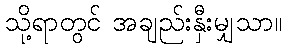
သို့ရာတွင် အချည်းနှီးမျှသာ။